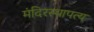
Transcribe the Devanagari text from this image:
मंदिरस्थापत्य